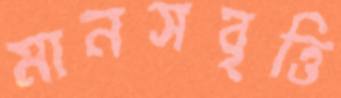
মানসবৃত্তি